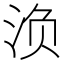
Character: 𰛨